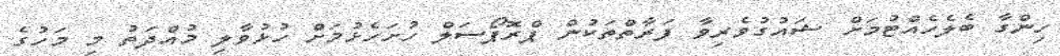
ހިންގާ ބެލެހެއްޓުމަށް ޝައުގުވެރިވާ ފަރާތްތަކުން ޕްރޮޕޯސަލް ހުށަހެޅުމަށް ހުޅުވާލި މުއްދަތު މި މަހުގެ